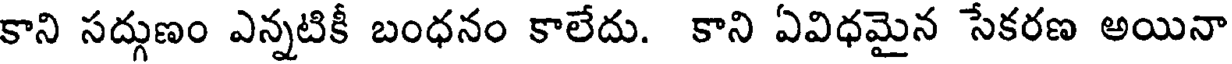
కాని సద్గుణం ఎన్నటికీ బంధనం కాలేదు. కాని ఏవిధమైన సేకరణ అయినా